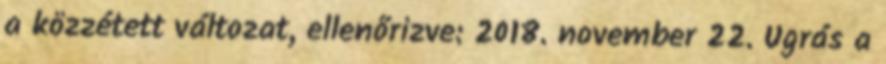
a közzétett változat, ellenőrizve: 2018. november 22. Ugrás a